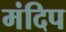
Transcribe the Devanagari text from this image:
मंदिप